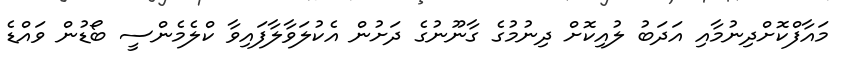
މައާފްކޮށްދިނުމާއި އަދަބު ލުއިކޮށް ދިނުމުގެ ގާނޫނުގެ ދަށުން އެކުލަވާލާފައިވާ ކްލެމެންސީ ބޯޑުން ވައްޑެ